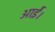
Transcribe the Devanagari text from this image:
आर्ई।